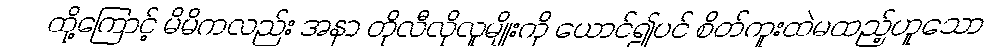
ထို့ကြောင့် မိမိကလည်း အနာ တိုလီလိုလူမျိုးကို ယောင်၍ပင် စိတ်ကူးထဲမထည့်ဟူသော